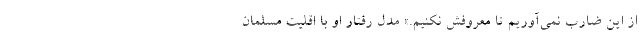
از این ضارب نمی‌آوریم تا معروفش نکنیم.» مدل رفتار او با اقلیت مسلمان